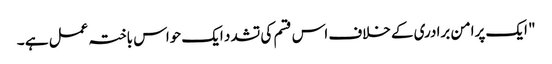
" ایک پرامن برادری کے خلاف اس قسم کی تشدد ایک حواس باختہ عمل ہے ۔